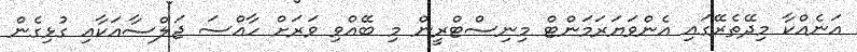
އަނެއްކާ މިދޭތެރޭގައި އެންވަޔަރަމަންޓް މިނިސްޓްރީން މި ބޭއްވި ވަރަށް ހާއްސަ ޖަލްސާއަކާއި ގުޅިގެން